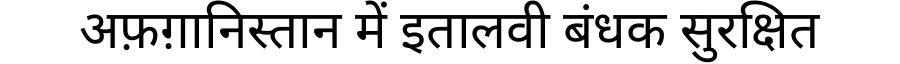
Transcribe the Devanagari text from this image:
अफ़ग़ानिस्तान में इतालवी बंधक सुरक्षित